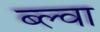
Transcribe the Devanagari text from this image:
ब्ल्वा